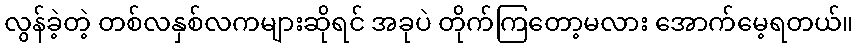
လွန်ခဲ့တဲ့ တစ်လနှစ်လကများဆိုရင် အခုပဲ တိုက်ကြတော့မလား အောက်မေ့ရတယ်။